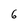
Character: 6